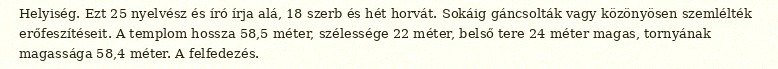
Helyiség. Ezt 25 nyelvész és író írja alá, 18 szerb és hét horvát. Sokáig gáncsolták vagy közönyösen szemlélték erőfeszítéseit. A templom hossza 58,5 méter, szélessége 22 méter, belső tere 24 méter magas, tornyának magassága 58,4 méter. A felfedezés.